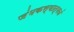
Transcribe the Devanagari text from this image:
जंभकस्यात्मजं